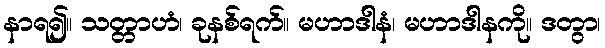
နာရ၍။ သတ္တာဟံ၊ ခုနစ်ရက်။ မဟာဒါနံ၊ မဟာဒါနကို။ ဒတွာ၊